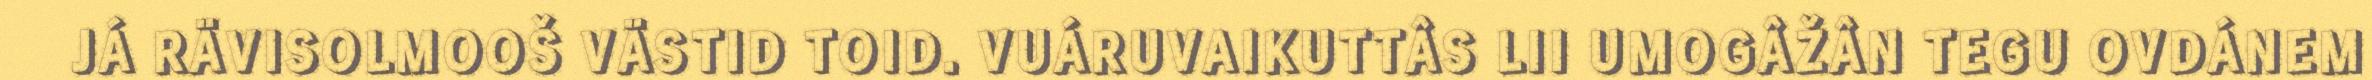
JÁ RÄVISOLMOOŠ VÄSTID TOID. VUÁRUVAIKUTTÂS LII UMOGÂŽÂN TEGU OVDÁNEM